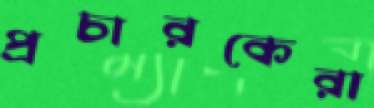
প্রচারকেরা